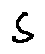
s